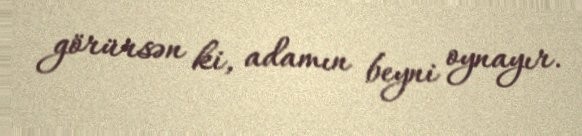
görürsən ki, adamın beyni oynayır.